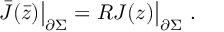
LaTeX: \bar { J } ( \bar { z } ) \bigr | _ { \partial \Sigma } = R J ( z ) \bigr | _ { \partial \Sigma } ~ .